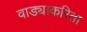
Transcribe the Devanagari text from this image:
वाड्याकरिता